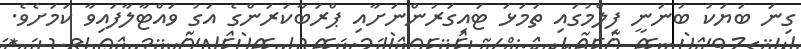
ގިނަ ބަޔަކު ބުނަނީ ފިލްމުގައި ތަމަޅަ ޓައިގަރުންނަށާއި ޕްރަބާކަރަންގެ އަގު ވައްޓާލާފައިވާ ކަމަށެވެ.